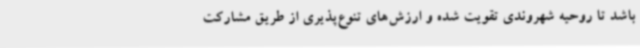
باشد تا روحیه شهروندی تقویت شده و ارزش‌های تنوع‌پذیری از طریق مشارکت